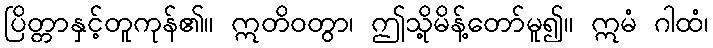
ပြိတ္တာနှင့်တူကုန်၏။ ဣတိဝတွာ၊ ဤသို့မိန့်တော်မူ၍။ ဣမံ ဂါထံ၊